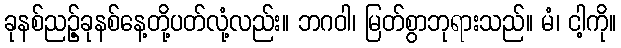
ခုနစ်ညဉ့်ခုနစ်နေ့တို့ပတ်လုံ့လည်း။ ဘဂဝါ၊ မြတ်စွာဘုရားသည်။ မံ၊ ငါ့ကို။